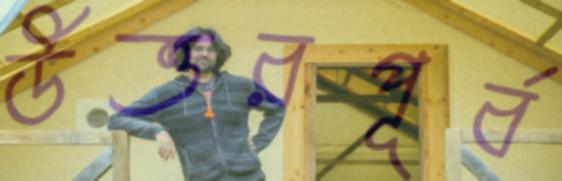
উত্তরপূর্ব